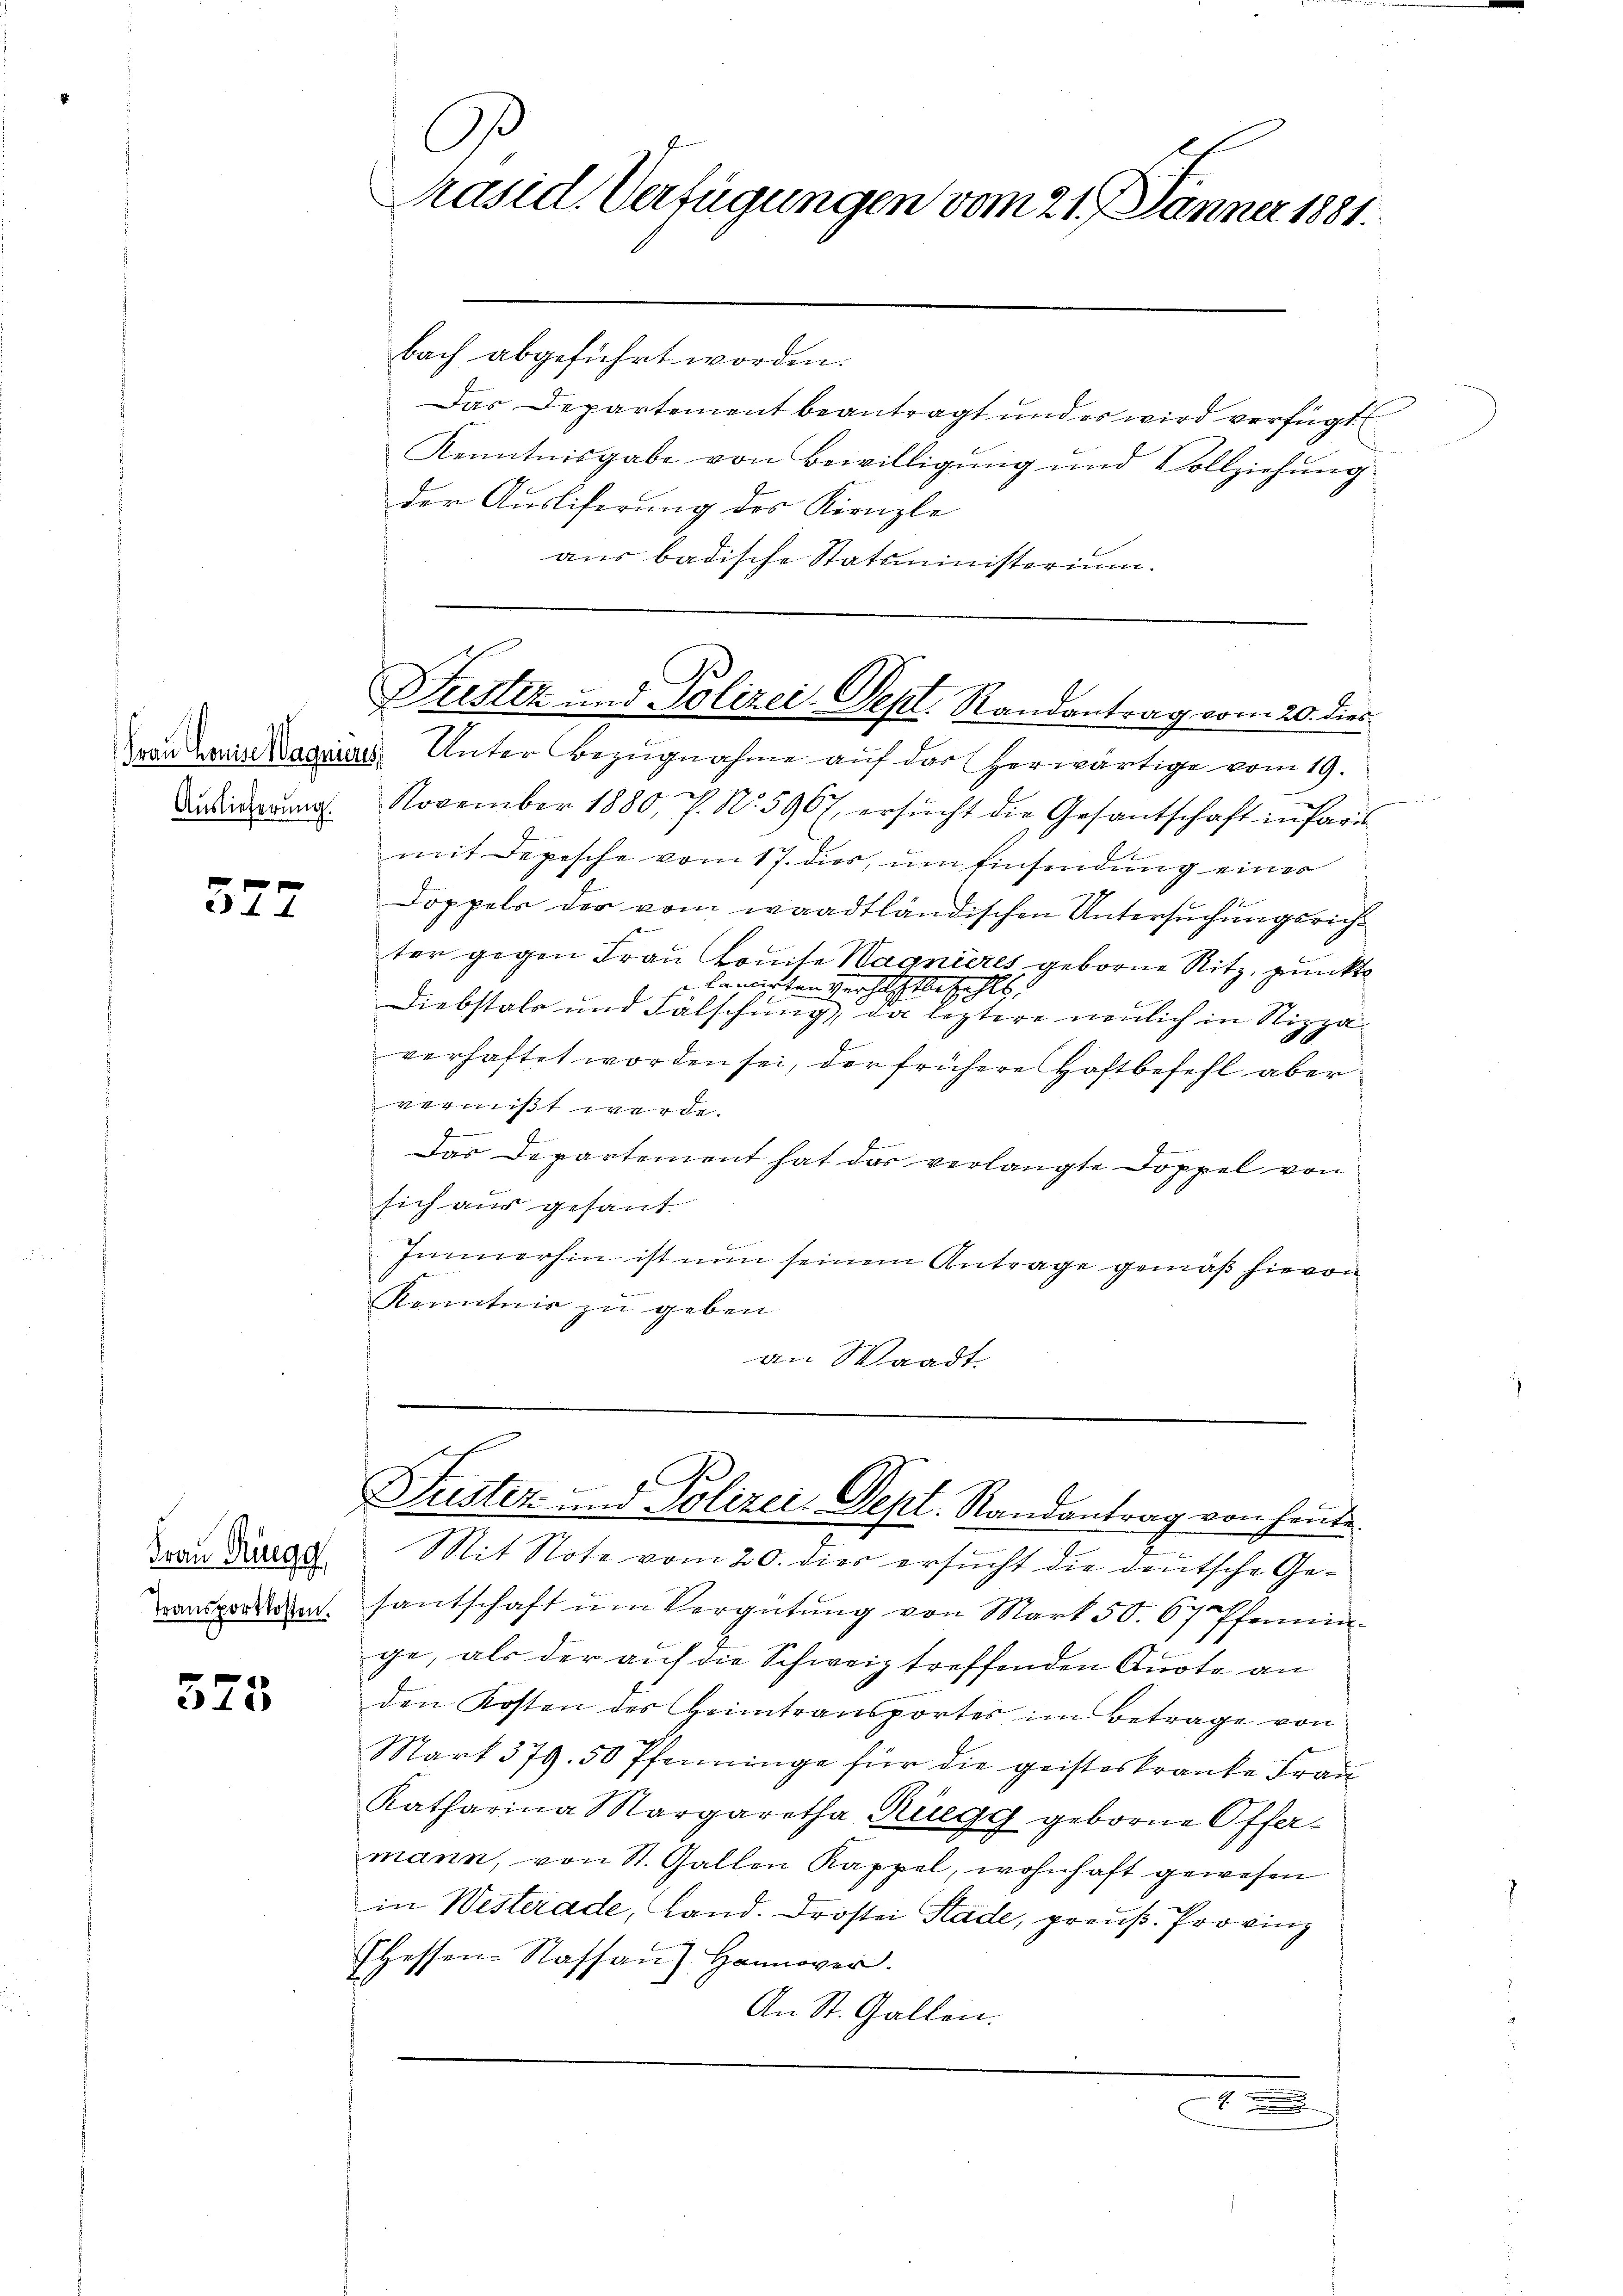
Auslieferung.

577

Frau Ringg
Transportkosten.

573

C
Präsid. Verfügungen vom 21. Jänner 1881.

bach abgeführt worden.
Das Departement beantragt und es wird verfügt
Kenntnisgabe von Bewilligung und Vollziehung.
der Ausliferung des Kirnzle
aus badische Statsministorium.

Vvon Hans Wagnias Unter Bezugnahme auf der herwärtige vom 19.
November 1880, P. Nr. 596 f. ersŭcht die Gesantschaft in Paris
i
mit Depesche vom 17. dies, um Einsendung eines
Doppels der vom waadtländischen Untersuchungsrichter gegen Frau Konte Wagnieres geborne Ritz, punkte
lanirten Verhaft bezahlt
Diebstals und Fälschung, da leztere neulich in Nizzaverhaftet worden sei, der frühere Haftbefehl aber
vermißt werde.
Das Departement hat das verlangte Doppel von
sich aus gesant.
Immerhin ist nun seinem Antrage gemäß hievon
Kenntnis zu geben.
an Waadt.

Fester und Polizei. Sept. Randantrag vom 20. dies

Suster und Polizei Dept. Randantrag von heute

Mit Note vom 20. dies ersucht die deutsche Gesantschaft um Vergütung von Mark 50. 67 Pfenninge, als der auf die Schweiz treffenden Quote an
den Kosten des Heimtransportes im Betrage von
Mart. 379. 50 Pfenninge für die geisteskranke Frau
Katharina Margaretha Rüegg geborne Offermann, von St. Gallen Kappel, wohnhaft gewesen
in Westerade, Land. Drostei Stade, preuß. Provinz
EHessen-Kassau) Hannover.
An St. Gallen.
7